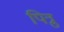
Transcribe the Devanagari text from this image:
पित्रु